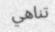
تناهي